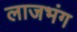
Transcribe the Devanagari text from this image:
लाजभंग